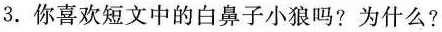
3.你喜欢短文中的白鼻子小狼吗?为什么?